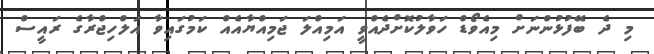
މި ދެ ބޭފުޅުންނަށް މިއެވޯޑް ހަވާލުކޮށްދެއްވީ އަމިއްލަ ޖަމިއްޔާއެއް ކަމުގައިވާ އަލްހިޖްރާގެ ރައީސް